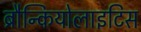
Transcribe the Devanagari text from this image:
ब्रौन्कियोलाइटिस